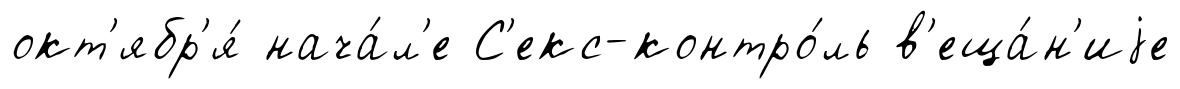
окт'ябр'я́ нача́л'е С'екс-контро́ль в'еща́н'иjе